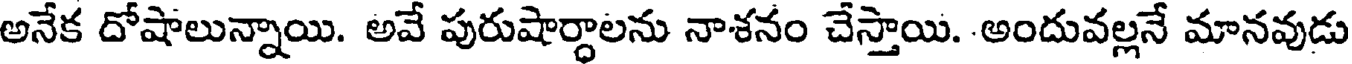
అనేక దోషాలున్నాయి. అవే పురుషార్ధాలను నాశనం చేస్తాయి. అందువల్లనే మానవుడు